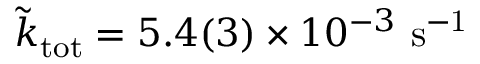
\tilde { k } _ { \mathrm { t o t } } = 5 . 4 ( 3 ) \times 1 0 ^ { - 3 } ~ \mathrm { s ^ { - 1 } }